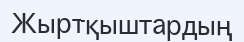
Жыртқыштардың